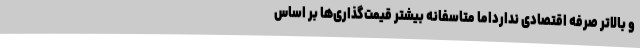
و بالاتر صرفه اقتصادی ندارداما متاسفانه بیشتر قیمت‌گذاری‌ها بر اساس